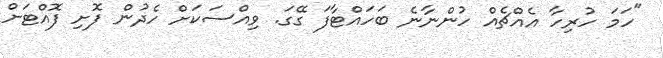
"ހަމަ ހުރިހާ އެއްޗެއް ހުންނާނެ ބަހައްޓާފަ ގޭގަ. ވިއްސަކަށް ހެދުން ފޮށި ފޮއްޓަށް